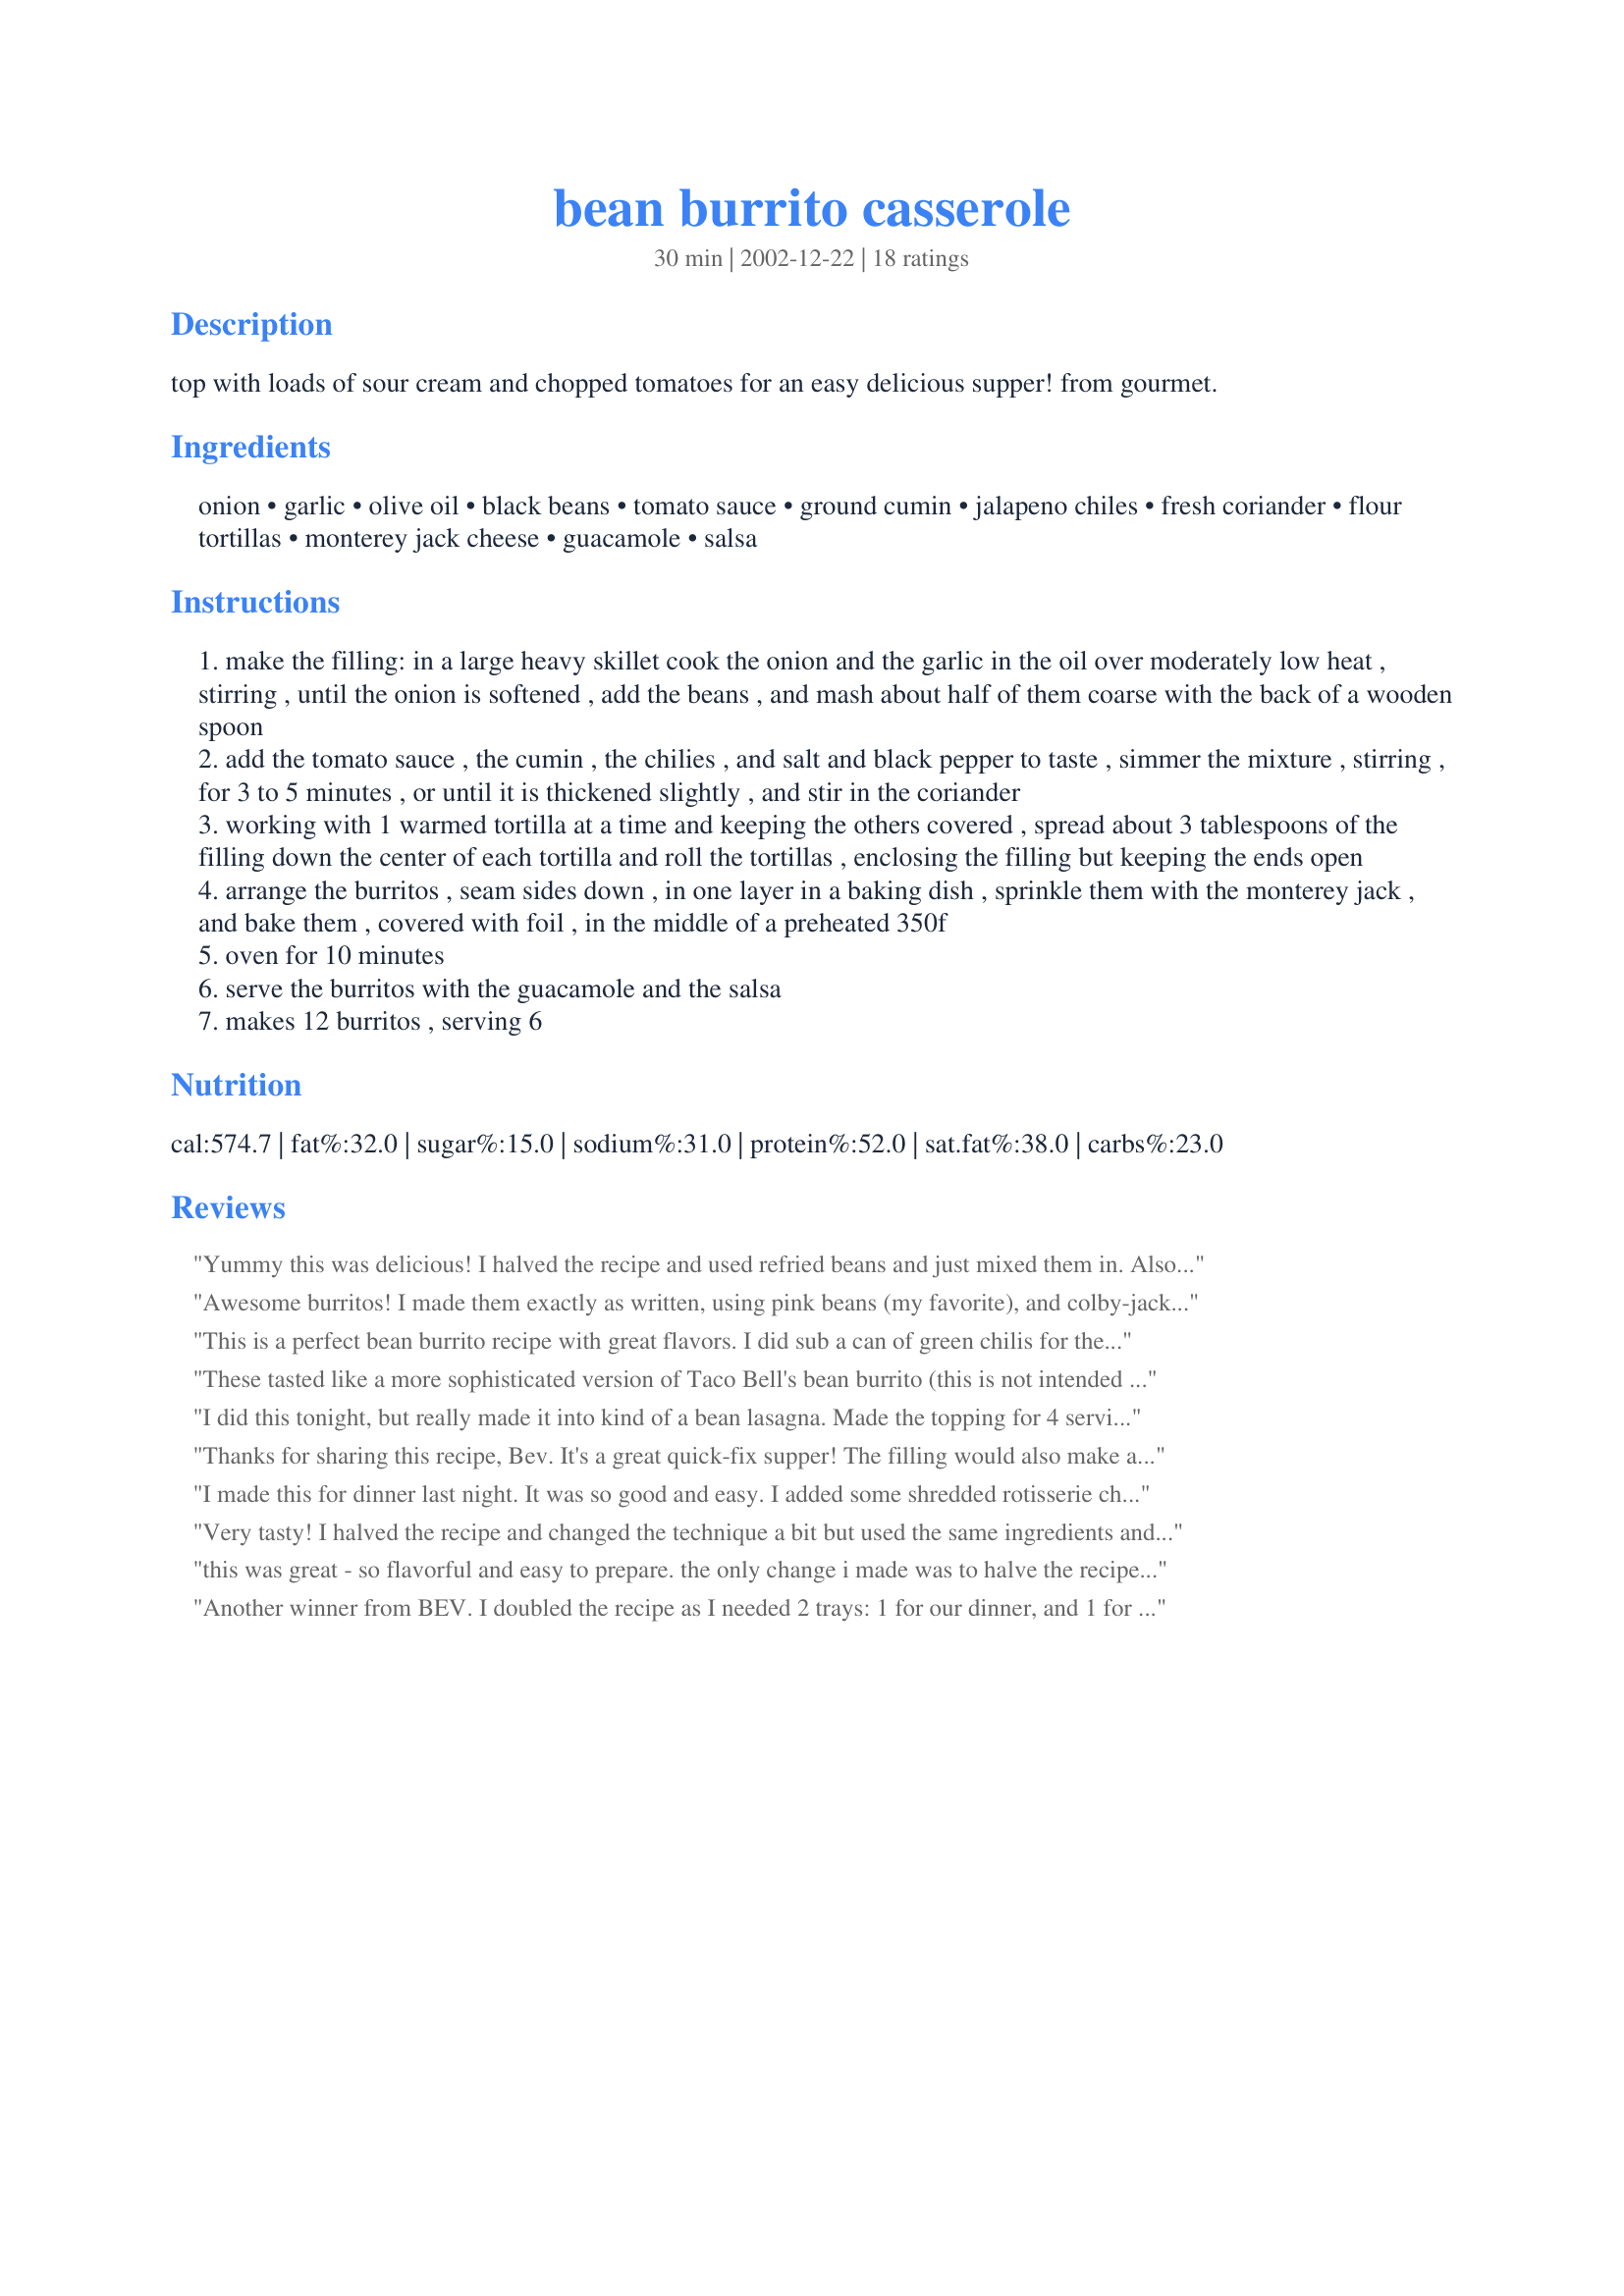
bean burrito casserole
Preparation time: 30 minutes

top with loads of sour cream and chopped tomatoes for an easy delicious supper! from gourmet.

Ingredients:
onion, garlic, olive oil, black beans, tomato sauce, ground cumin, jalapeno chiles, fresh coriander, flour tortillas, monterey jack cheese, guacamole, salsa

Steps:
make the filling: in a large heavy skillet cook the onion and the garlic in the oil over moderately low heat , stirring , until the onion is softened , add the beans , and mash about half of them coarse with the back of a wooden spoon
add the tomato sauce , the cumin , the chilies , and salt and black pepper to taste , simmer the mixture , stirring , for 3 to 5 minutes , or until it is thickened slightly , and stir in the coriander
working with 1 warmed tortilla at a time and keeping the others covered , spread about 3 tablespoons of the filling down the center of each tortilla and roll the tortillas , enclosing the filling but keeping the ends open
arrange the burritos , seam sides down , in one layer in a baking dish , sprinkle them with the monterey jack , and bake them , covered with foil , in the middle of a preheated 350f
oven for 10 minutes
serve the burritos with the guacamole and the salsa
makes 12 burritos , serving 6

Reviews:
Yummy this was delicious! I halved the recipe and used refried beans and just mixed them in. Also I used colby jack cheese instead of monterrey jack. I folded these up like regular burritos, and did not keep the ends open. Also, I only had soft taco shells so, this made several mini bean burritos. Served with Spanish Rice (Recipe # 75677). Thanks so much for sharing, I will definitely make again!
Awesome burritos! I made them exactly as written, using pink beans (my favorite), and colby-jack cheese. I used six 10-inch tortillas instead of 12 smaller ones. No leftovers! I may need to double the recipe in the future;) Thanx for posting this, Bev. I'll make these often.
This is a perfect bean burrito recipe with great flavors. I did sub a can of green chilis for the jalapenos. Easy, cheap and quick to put together. Thanks, Bev!
These tasted like a more sophisticated version of Taco Bell's bean burrito (this is not intended as an insult). The cumin really shines, and topped with guacamole, salsa & sour cream this makes a nice filling dinner. I made with pinto beans, used 1 jalapeno finely diced and a few splashes of Choloula hot sauce. The current photo of this recipe looks misleading, there is not anything red on top of these burritos. The red (tomato sauce) is inside and blends in where you don't even notice its there. The top has ooey gooey melted cheese and looks white or yellow, depending on your cheeses.
I did this tonight, but really made it into kind of a bean lasagna. Made the topping for 4 servings... Did 1 can light kidney beans and 1 can pinto. Added the spices as stated with quite a bit extra garlic (fresh and garlic powder). Also added a can of Mexi-Corn (sweet corn with Mexican seasoning). Then....I layered two flour tortillas on the bottom of a 9 x 13 pan, scooped half the mixture on top, then about 2 cups of Mexican blend cheese and green onions. And then I repeated that ending with the cheese again. Put it in the oven for about 20-30 minutes on 400 for the cheese to melt and it to warm up. It was awesome. You could really go any way with this and do your own thing! Thank you :)
Thanks for sharing this recipe, Bev. It's a great quick-fix supper! The filling would also make a very good refritos side dish. I've made the burrito casserole with black beans as written, and also with a combination of black beans & partially drained chili beans, while using a slightly reduced amount of tomato sauce. I've been getting ten burritos from the recipe, but can only fit eight into a 9x13" baking dish. That gives me a couple extras for a nice lunch!
I made this for dinner last night. It was so good and easy. I added some shredded rotisserie chicken for a little extra protein too. My family really enjoyed these and I'm sure I will make again. Thanks for posting!
Very tasty! I halved the recipe and changed the technique a bit but used the same ingredients and it came out great. Cooked the filling in the microwave (minus the oil), added a bit of extra tomato sauce underneath and on top of the filled burritos and added extra cheese, some inside the burritos and some extra on top. Forgot to mash the beans but will do that next time. Replaced the jalapenos with a can of green chiles. Served with sour cream. Yum! Thanks Bev!
this was great - so flavorful and easy to prepare. the only change i made was to halve the recipe for two of us, and i tossed in some leftover diced green peppers. we love cumin and the flavor came through really well without being overwhelming. am sure we will be fixing this again.
Another winner from BEV. I doubled the recipe as I needed 2 trays: 1 for our dinner, and 1 for DD's work luncheon. I used black beans, canned chilies (cause I dont like chopping fresh jalapenos) a little hint of dried coriander, and monterey pepperjack cheese. I mashed the beans in the pan with a potato masher as the spoon didnt work for me. Served with homemade guacamole, sour cream, and jarred salsa. The burritos were a big hit at DD's work and a bigger hit at home. I had only 3 leftover which DH claimed for his lunch the next day. They were great reheated in the microwave. Thanks Bev for another KEEPER!
Yum! An easy, delicious, and highly recommended vegetarian recipe! I didn't use chilies, and used dried coriander, and it still turned out great!
Very good and easy! I added a few extra garlic cloves but otherwise stuck to the recipe. Everyone really enjoyed the meal.I'm always looking for great vegetarian recipes and this is a keeper!.Thanks Bev!
This was very good and very easy to make. I used "no sodium" tomato sauce and canned green chilies, but otherwise followed the recipe as directed. This was good with or without cheese, since the salsa and guacamole added some great flavor. Burritos will fit better if they're arranged not only side by side but also partially on top of each other. Complete the meal with broccoli or a mix red and green peppers. Thanks for a tasty recipe!
Very Good! I made exactly as reciped called for the first time, a great casserole. The second time I made just the beans for refried beans to go with fajitas as a side. Yummy!
Nice! I did add 1 beef stock cube to bean filling, to add flavor.
Easy and delicious! I only put in 2 jalapenos and the family gobbled these up. Thank you!
We made this for dinner tonight - it was very good, very easy, and pretty quick, too. I adjusted it a little to our taste: I added browned lean ground beef, used both Cheddar and Monterey Jack cheeses, skipped the jalepenos, used granulated garlic instead of fresh, increased the cilantro, and added some tomato sauce both under and over the burritoes in the pan. They took about 15 minutes for the cheese to get all melty since there was more cheese. I made some guacamole and served the burritoes with the guacamole, some sour cream, and salsa. Yum!
This is a great dish. Inexpensive and flavorful. I made a few modifications: I used a can of refried beans instead of mashing my own, and used cayenne pepper instead of jalapeno chiles. I used about half the can of tomato sauce in the filling, then poured the rest on the bottom of my casserole dish before putting the burritos in the dish. Although the recipe calls for 12 burritos, I was only able to fit 7. I used dragonfly's bulk uncheese mix to make this a vegan casserole. I found that I did not need any additional condiments. Delicious! I will be making this again. Thank you.
